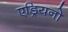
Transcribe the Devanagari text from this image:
एड्रियनो